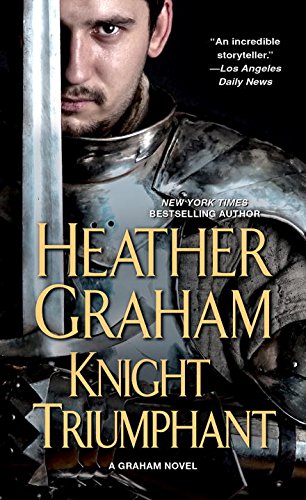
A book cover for Knight Triumphant; Heather Graham; Romance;